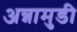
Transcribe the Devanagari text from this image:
अन्नामुडी